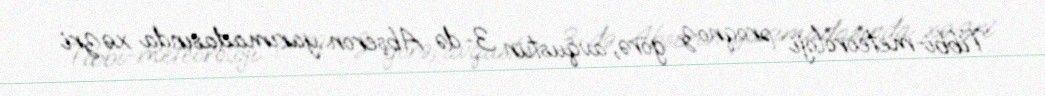
Tibbi-meteoroloji proqnoz görə, avqustun 3-də Abşeron yarımadasında xəzri